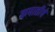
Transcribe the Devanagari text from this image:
कपातीचे